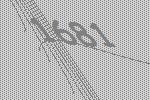
1681